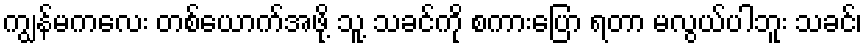
ကျွန်မကလေး တစ်ယောက်အဖို့ သူ့ သခင်ကို စကားပြော ရတာ မလွယ်ပါဘူး သခင်၊